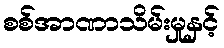
စစ်အာဏာသိမ်းမှုနှင့်